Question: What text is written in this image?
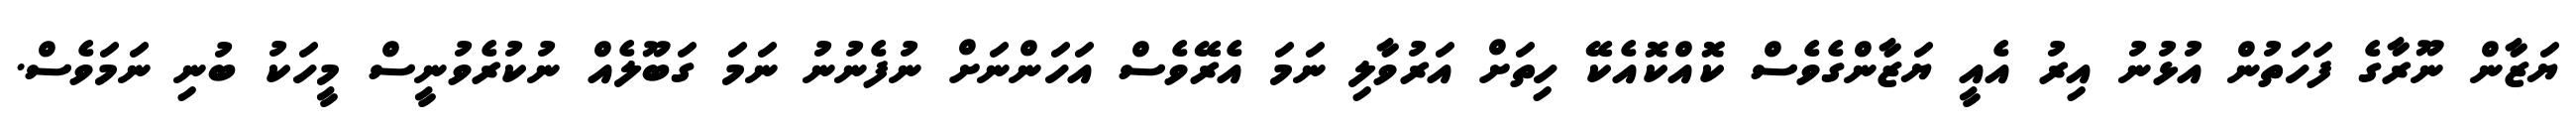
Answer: ޔަޒާން ނޫރާގެ ފަހަތުން އުޅުނު އިރު އެއީ ޔަޒާންގެވެސް ކޮއްކޮއެކޭ ހިތަށް އަރުވާލި ނަމަ އެރޭވެސް އަހަންނަށް ނުފެނުނު ނަމަ ގަބޫލެއް ނުކުރެވުނީސް މީހަކު ބުނި ނަމަވެސް.